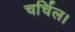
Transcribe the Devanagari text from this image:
चर्चिल।